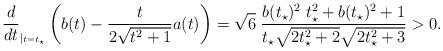
LaTeX: \begin{align*}\frac{d}{dt}_{|_{t=t_{\star}}}\left(b(t)-\frac{t}{2\sqrt{t^{2}+1}}a(t)\right)=\sqrt{6}\; \frac{b(t_{\star})^{2}\;t_{\star}^{2}+b(t_{\star})^{2}+1}{t_{\star}\sqrt{2t_{\star}^{2}+2}\sqrt{2t_{\star}^{2}+3}}>0.\end{align*}